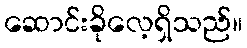
ဆောင်းခိုလေ့ရှိသည်။